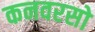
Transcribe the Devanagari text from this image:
कनवरसो